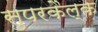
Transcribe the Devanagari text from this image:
सुपरकैल्क